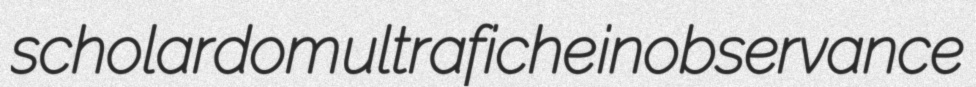
scholardom ultrafiche inobservance